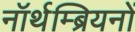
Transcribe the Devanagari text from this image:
नॉर्थम्ब्रियनों